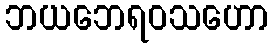
ဘယဘေရဝသဟော